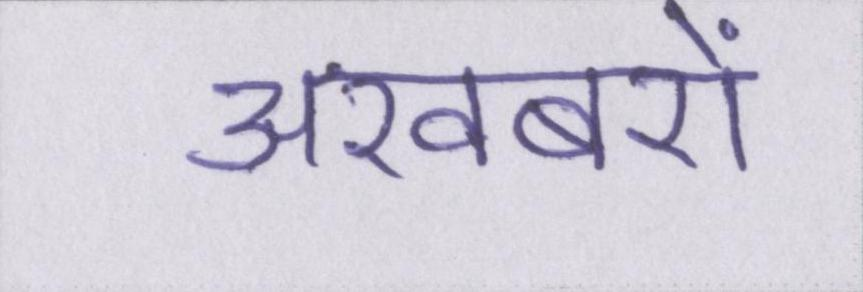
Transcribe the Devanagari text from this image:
अखबरों